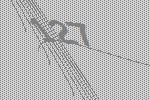
127